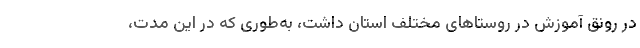
در رونق آموزش در روستاهای مختلف استان داشت، به‌طوری که در این مدت،